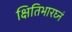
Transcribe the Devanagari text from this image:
क्षितिभारघ्नं